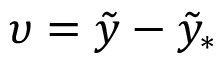
\upsilon = \tilde { y } - \tilde { y } _ { \ast }